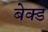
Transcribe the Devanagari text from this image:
बेक्‍ड